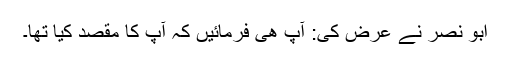
ابو نصر نے عرض کی: آپ ھی فرمائیں کہ آپ کا مقصد کیا تھا۔